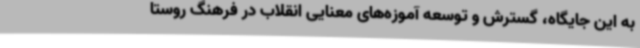
به این جایگاه، گسترش و توسعه آموزه‌های معنایی انقلاب در فرهنگ روستا